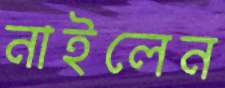
নাইলেন